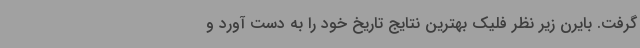
گرفت. بایرن زیر نظر فلیک بهترین نتایج تاریخ خود را به دست آورد و